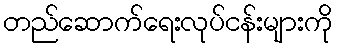
တည်ဆောက်ရေးလုပ်ငန်းများကို